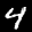
Label: 4